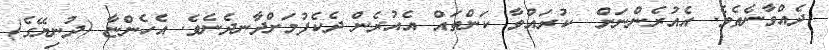
ދެއްވާނެތެވެ. އެއުރެންނަށް  ކުރައްވާ ކަންތައް އެއުރެން ދެކެފުމަށްދާނދެނެވެ. އެހެންޏާ (ދުނިޔޭގެ)